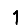
Digit: 1